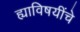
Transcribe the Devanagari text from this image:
ह्याविषयींचे